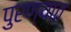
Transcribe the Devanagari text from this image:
पुरण्यात